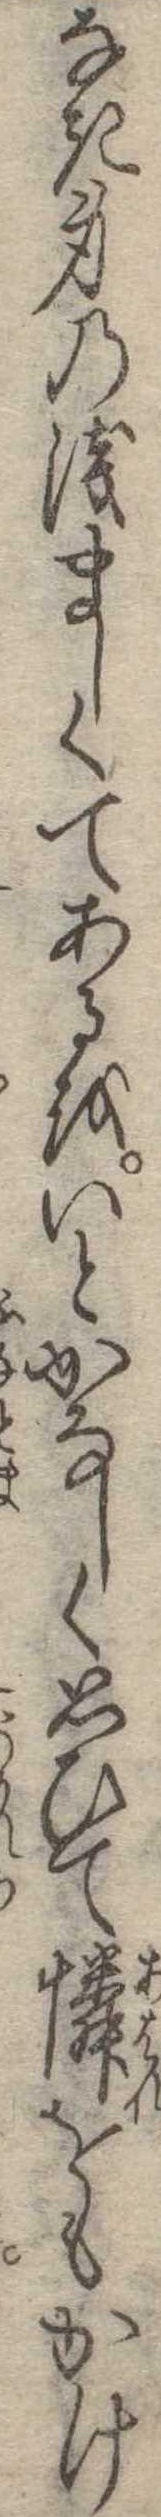
なき身の浅ましくてあるをいとかなしく思ひて憐をもかけ